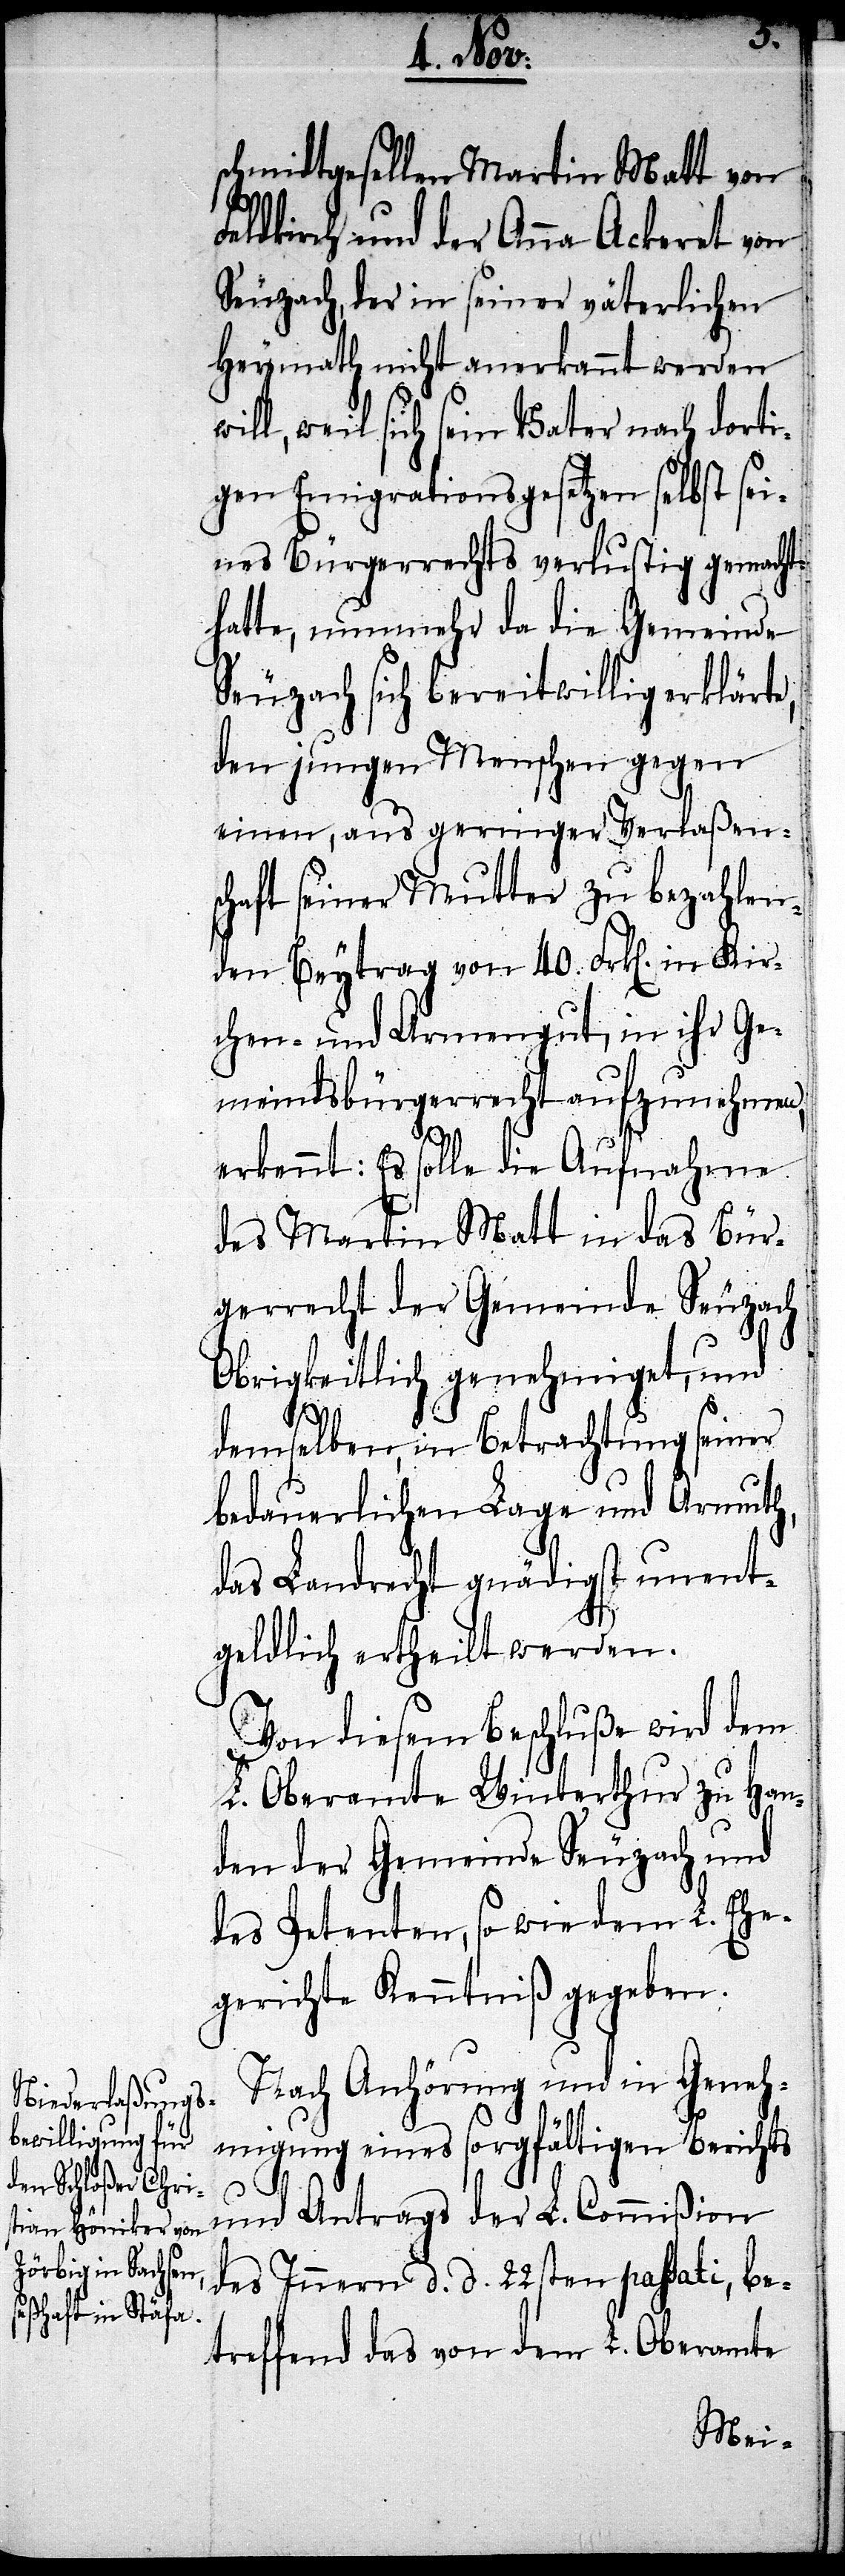
schmidtgesellen Martin Matt von
Feldkirch und der Anna Ackeret von
Seuzach, der in seiner väterlichen
Heymath nicht anerkannt werden
ill, weil sich sein Vater nach dorti¬
ger Emigrationsgesetzen selbst sei¬
nes Bürgerrechts verlustig gemacht
hatte, nunmehr da die Gemeinde
Seuzach sich bereitwillig erklärte,
den jungen Menschen gegen
einen, aus geringer Verlaßens¬
chaft seiner Mutter zu bezahlen¬
den Beytrag von 40. Frk[en]. in Kir¬
chen- und Armengut, in ihr Ge¬
meindsbürgerrecht aufzunehmen,
erkennt: es solle die Aufnahme
des Martin Matt in das Bür¬
gerrecht der Gemeinde Seuzach
Obrigkeitlich genehmiget, und
demselben, in Betrachtung seiner
bedauerlichen Lage und Armuth,
das Landrecht gnädigst unent¬
w¬
geldlich ertheilt werden.
Von diesem Beschluße wird dem
L. Oberamte Winterthur zu Han¬
den der Gemeinde Seuzach und
des Petenten, so wie dem L. Ehe¬
gerichte Kenntniß gegeben.
Nach Anhörung und in Geneh¬
migung eines sorgfältigen Berichts
und Antrags der L. Commißion
des Innern d. d. 22sten passati, be¬
treffend das von dem L. Oberamte